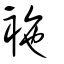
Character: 袘